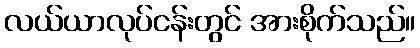
လယ်ယာလုပ်ငန်းတွင် အားစိုက်သည်။